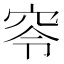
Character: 𥥋